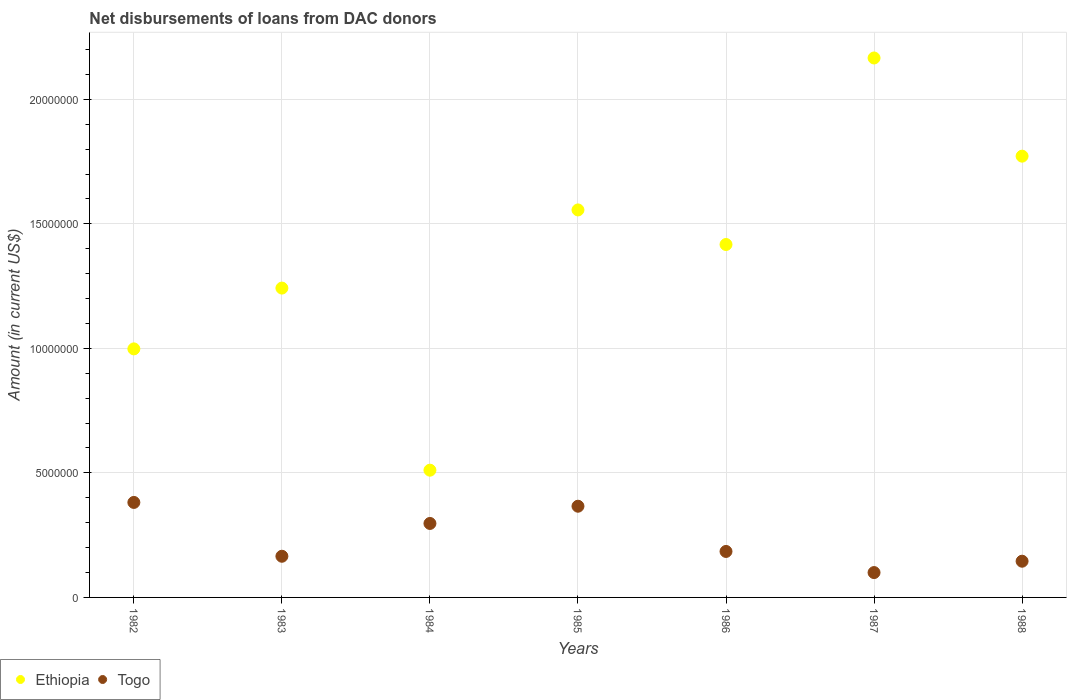
| Years | Ethiopia | Togo |
 | --- | --- | --- |
 | 1982 | 9.98e+06 | 3.81e+06 |
 | 1983 | 1.24e+07 | 1.65e+06 |
 | 1984 | 5.11e+06 | 2.97e+06 |
 | 1985 | 1.56e+07 | 3.66e+06 |
 | 1986 | 1.42e+07 | 1.85e+06 |
 | 1987 | 2.17e+07 | 9.98e+05 |
 | 1988 | 1.77e+07 | 1.45e+06 |